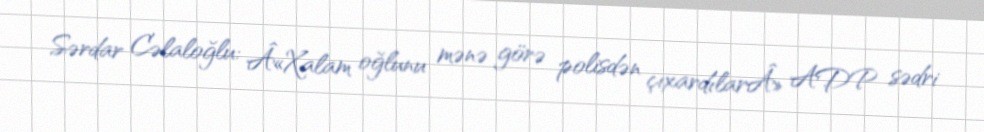
Sərdar Cəlaloğlu: Â«Xalam oğlunu mənə görə polisdən çıxardılarÂ» ADP sədri